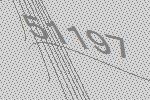
51197